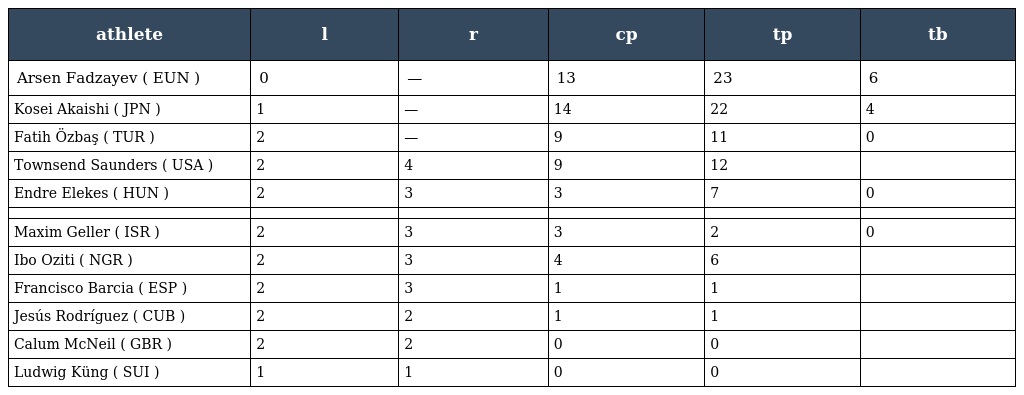
| athlete | l | r | cp | tp | tb |
 | --- | --- | --- | --- | --- | --- |
 | Arsen Fadzayev ( EUN ) | 0 | — | 13 | 23 | 6 |
 | Kosei Akaishi ( JPN ) | 1 | — | 14 | 22 | 4 |
 | Fatih Özbaş ( TUR ) | 2 | — | 9 | 11 | 0 |
 | Townsend Saunders ( USA ) | 2 | 4 | 9 | 12 |  |
 | Endre Elekes ( HUN ) | 2 | 3 | 3 | 7 | 0 |
 |  |  |  |  |  |  |
 | Maxim Geller ( ISR ) | 2 | 3 | 3 | 2 | 0 |
 | Ibo Oziti ( NGR ) | 2 | 3 | 4 | 6 |  |
 | Francisco Barcia ( ESP ) | 2 | 3 | 1 | 1 |  |
 | Jesús Rodríguez ( CUB ) | 2 | 2 | 1 | 1 |  |
 | Calum McNeil ( GBR ) | 2 | 2 | 0 | 0 |  |
 | Ludwig Küng ( SUI ) | 1 | 1 | 0 | 0 |  |